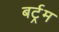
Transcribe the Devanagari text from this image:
बर्ट्रम